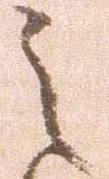
之